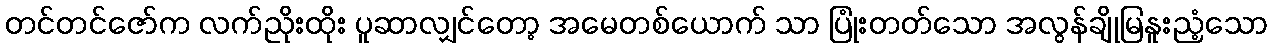
တင်တင်ဇော်က လက်ညိုးထိုး ပူဆာလျှင်တော့ အမေတစ်ယောက် သာ ပြုံးတတ်သော အလွန်ချိုမြနူးညံ့သော